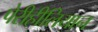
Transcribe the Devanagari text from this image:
पेरीहीलियान